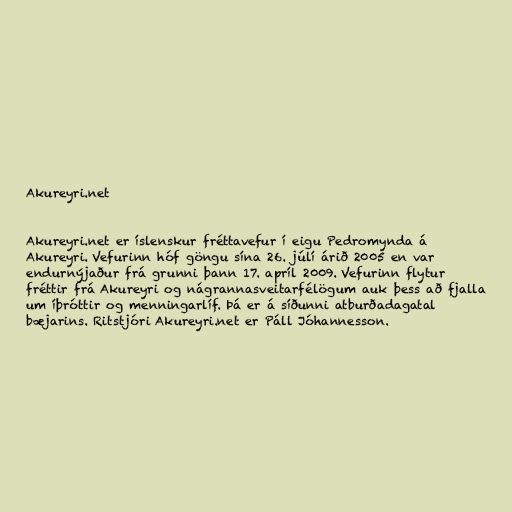
Akureyri.net

Akureyri.net er íslenskur fréttavefur í eigu Pedromynda á
Akureyri. Vefurinn hóf göngu sína 26. júlí árið 2005 en var
endurnýjaður frá grunni þann 17. apríl 2009. Vefurinn flytur
fréttir frá Akureyri og nágrannasveitarfélögum auk þess að fjalla
um íþróttir og menningarlíf. Þá er á síðunni atburðadagatal
bæjarins. Ritstjóri Akureyri.net er Páll Jóhannesson.